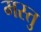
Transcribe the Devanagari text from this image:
मस्तु